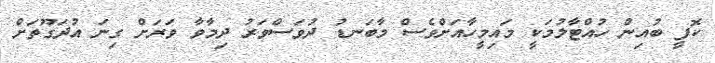
ކޮފީ ބުއިން ހުއްޓާލުމަކީ މައިމީހާއަށްވެސް މާބަނޑު ދުވަސްވަރު ދިމާވާ ވަރަށް ގިނަ އުދަގޫތަށް